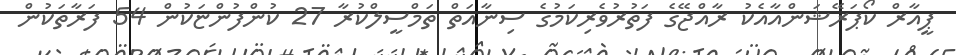
ޕީއާރް ކޯޕަރޭޝަންއާއެކު ރާއްޖޭގެ ފަތުރުވެރިކަމުގެ ސިނާއަތް ތަމްސީލްކުރާ 27 ކުންފުންޏަކުން 54 ފަރާތަކުން